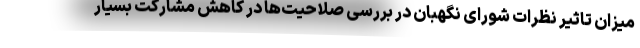
میزان تاثیر نظرات شورای نگهبان در بررسی صلاحیت‌ها در کاهش مشارکت بسیار